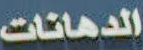
الدهانات